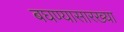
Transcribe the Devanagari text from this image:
बघण्यासारख्या